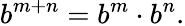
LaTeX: b^{m+n}=b^{m}\cdot b^{n}.